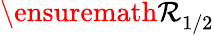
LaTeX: {\ensuremath{\mathcal R}}_{1/2}